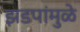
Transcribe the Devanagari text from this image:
झडपांमुळे